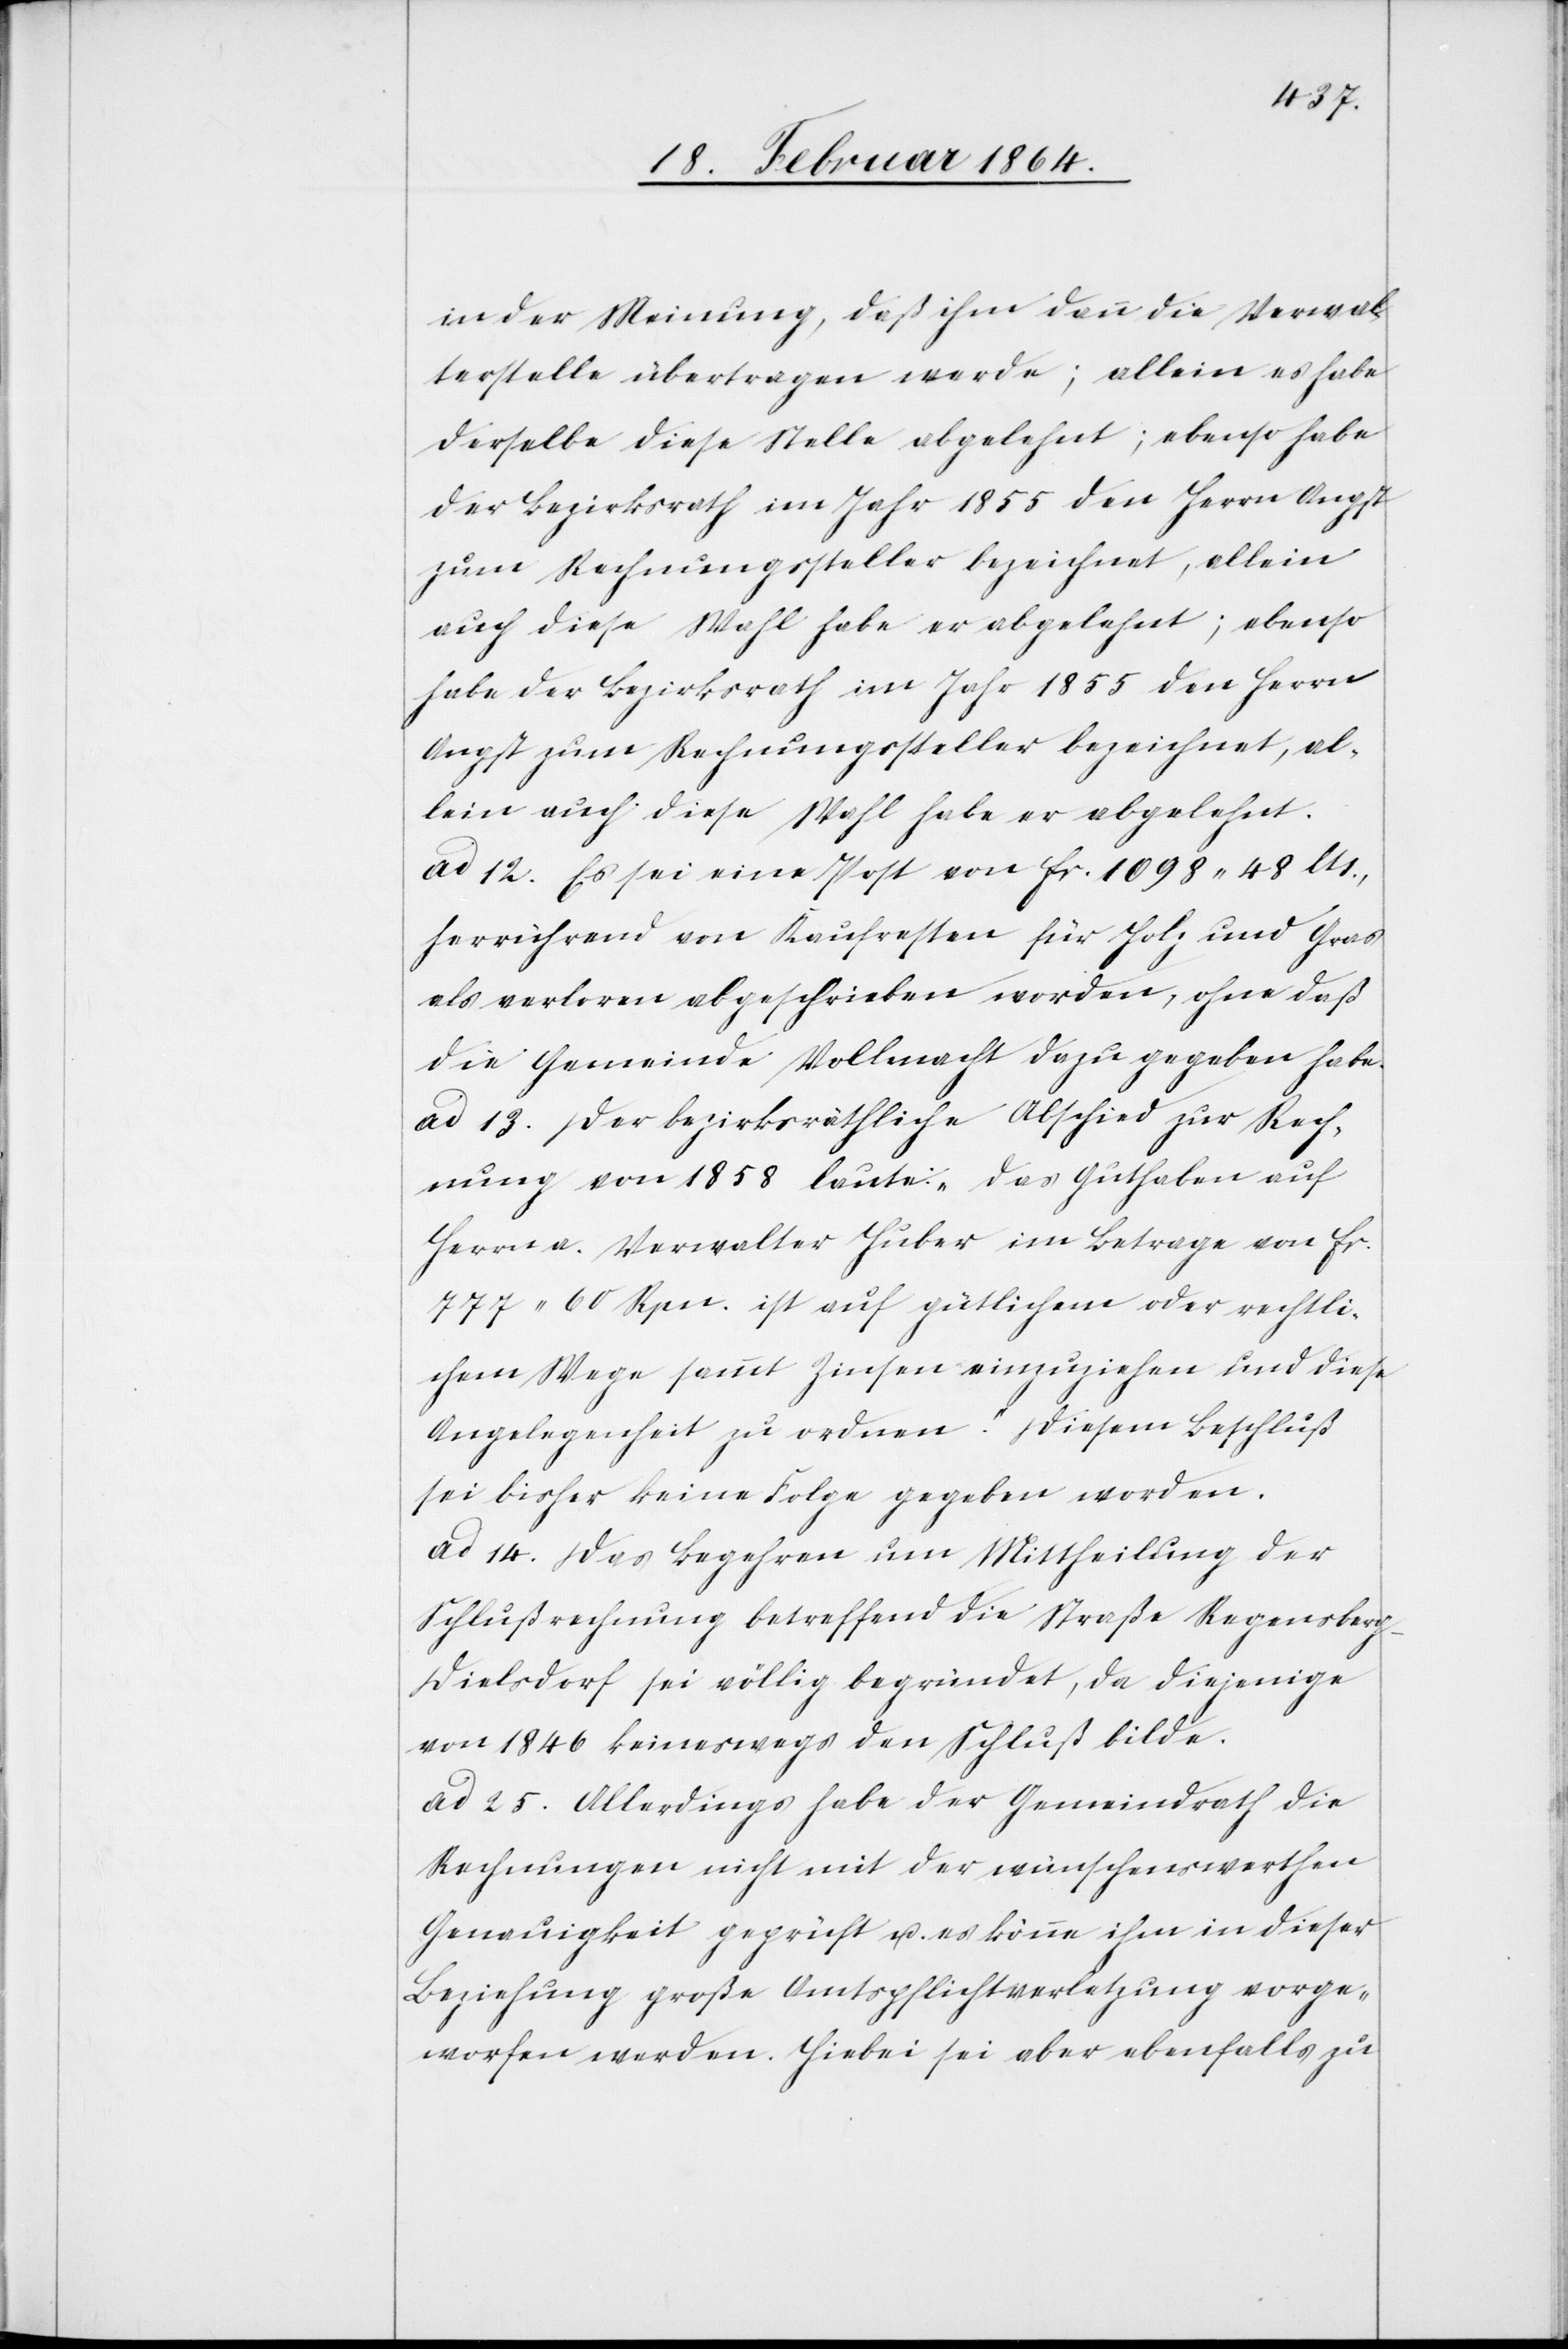
in der Meinung, daß ihm dann die Verwal¬
terstelle übertragen werde; allein es habe
derselbe diese Stelle abgelehnt; ebenso habe
der Bezirksrath im Jahr 1855 den Herrn An¬
gst zum Rechungssteller bezeichnet, al¬
lein auch diese Wahl habe er abgelehnt.
ad 12. Es sei eine Post von fr. 1098 48 Cts.,
herrührend von Kaufresten für Holz und Gras
als verloren abgeschrieben worden, ohne daß
die Gemeinde Vollmacht dazu gegeben habe.
ad 13. Der bezirksräthliche Abschied zur Rech¬
nung von 1858 laute: „Das Guthaben auf
Herrn a. Verwalter Huber im Betrage von fr.
777 60 Rpn. ist auf gütlichem oder rechtli¬
chem Wege sammt Zinsen einzuziehen und diese
Angelegenheit zu ordnen.“ Diesem Beschluß
sei bisher keine Folge gegeben worden.
ad 14. Das Begehren um Mittheilung der
Schlußrechnung betreffend die Straße Regensber¬
g-Dielsdorf sei völlig begründet, da diejenige
von 1846 keineswegs den Schluß bilde.
ad 25. Allerdings habe der Gemeindrath die
Rechnungen nicht mit der wünschenswerthen
Genauigkeit geprüft u. es könne ihm in dieser
Beziehung große Amtspflichtverletzung vorge¬
worfen werden. Hiebei sei aber ebenfalls zu